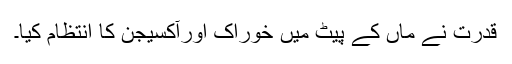
قدرت نے ماں کے پیٹ میں خوراک اورآکسیجن کا انتظام کیا۔